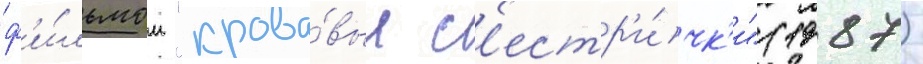
ф'и́льмом "крова́вые с'естр'и́чк'и" (1987)